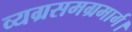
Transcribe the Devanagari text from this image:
व्यग्रसमग्रमार्ग।